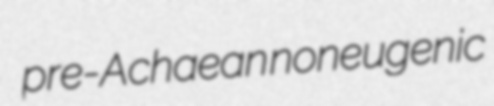
pre-Achaean noneugenic